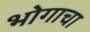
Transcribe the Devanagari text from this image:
भोगाचा